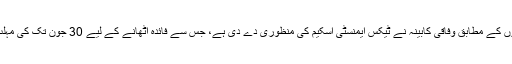
تازہ ترین خبروں کے مطابق وفاقی کابینہ نے ٹیکس ایمنسٹی اسکیم کی منظوری دے دی ہے، جس سے فائدہ اٹھانے کے لیے 30 جون تک کی مہلت دی گئی ہے۔